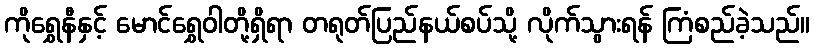
ကိုရွှေနီနှင့် မောင်ရွှေဝါတို့ရှိရာ တရုတ်ပြည်နယ်စပ်သို့ လိုက်သွားရန် ကြံစည်ခဲ့သည်။